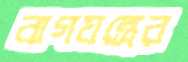
বাগযন্ত্রের